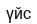
үйс